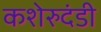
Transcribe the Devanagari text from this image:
कशेरुदंडी